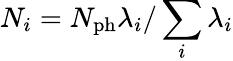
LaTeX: N_{i}=N_{\mathrm{ph}}\lambda_{i}/\sum_{i}\lambda_{i}